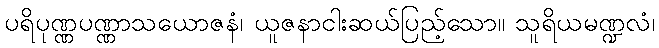
ပရိပုဏ္ဏပဏ္ဏာသယောဇနံ၊ ယူဇနာငါးဆယ်ပြည့်သော။ သူရိယမဏ္ဍလံ၊